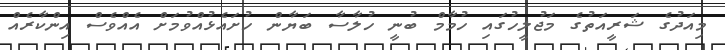
މިއަދުގެ ޝަރީއަތުގެ މަޖުލީހުގައި ހުމާމް ބުނީ ހުލާސާ ބަޔާން ހުށައެޅުއްވުމަށް އެއްވެސް އިންކާރެއް